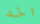
اخد